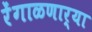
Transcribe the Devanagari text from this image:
रेंगाळणार्‍या